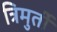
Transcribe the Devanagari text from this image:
त्रिमुर्ती